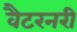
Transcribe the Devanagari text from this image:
वैटरनरी